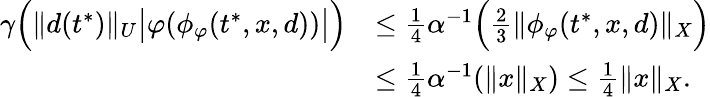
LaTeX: \begin{array}{rl}{\gamma\Big(\| d(t^{*})\| _{U}\big|\varphi(\phi_{\varphi}(t^{*},x,d))\big|\Big)}&{\leq\frac{1}{4}\alpha^{-1}\Big(\frac{2}{3}\| \phi_{\varphi}(t^{*},x,d)\| _{X}\Big)}\\ &{\leq\frac{1}{4}\alpha^{-1}(\| x\| _{X})\leq\frac{1}{4}\| x\| _{X}.}\end{array}